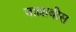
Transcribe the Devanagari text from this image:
वाल्लाबीस